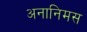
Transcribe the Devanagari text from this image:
अनानिमस